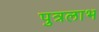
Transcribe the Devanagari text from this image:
पुत्रलाभ